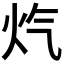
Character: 𪸕